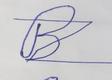
Signature authenticity: forged